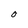
Character: 0